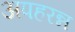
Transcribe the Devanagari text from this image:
अपहरन्न